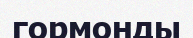
гормонды